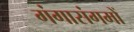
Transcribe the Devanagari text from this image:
गंगासंगमों